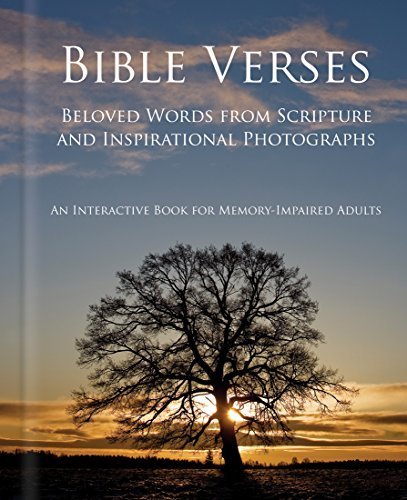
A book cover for Bible Verses - Alzheimer's / Dementia / Memory Loss Activity Book for Patients and Caregivers; Matthew Schneider; Health, Fitness & Dieting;